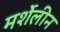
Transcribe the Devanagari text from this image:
मर्शेलीन